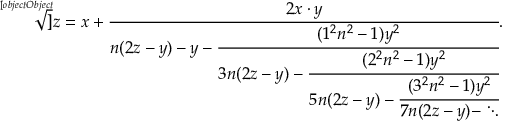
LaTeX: { \sqrt [ [object Object] ] { z } } = x + { \cfrac { 2 x \cdot y } { n ( 2 z - y ) - y - { \cfrac { ( 1 ^ { 2 } n ^ { 2 } - 1 ) y ^ { 2 } } { 3 n ( 2 z - y ) - { \cfrac { ( 2 ^ { 2 } n ^ { 2 } - 1 ) y ^ { 2 } } { 5 n ( 2 z - y ) - { \cfrac { ( 3 ^ { 2 } n ^ { 2 } - 1 ) y ^ { 2 } } { 7 n ( 2 z - y ) - \ddots } } } } } } } } .